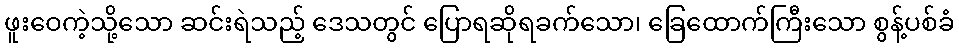
ဖူးဝေကဲ့သို့သော ဆင်းရဲသည့် ဒေသတွင် ပြောရဆိုရခက်သော၊ ခြေထောက်ကြီးသော စွန့်ပစ်ခံ